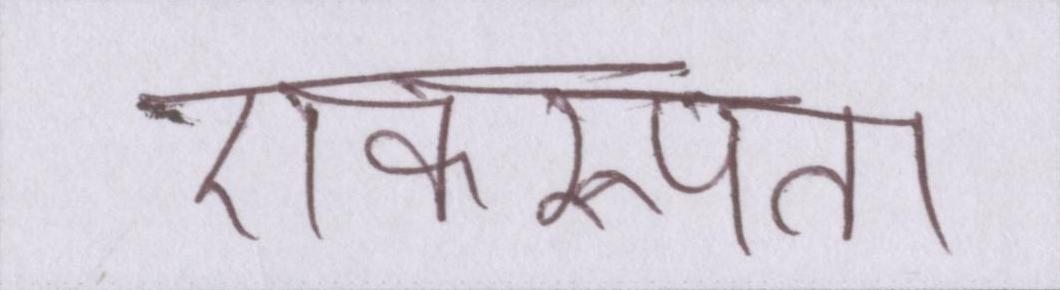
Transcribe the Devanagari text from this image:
एकरूपता